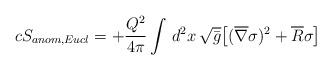
LaTeX: \begin{align*}cS_{anom, Eucl} = + {Q^2 \over 4\pi} \int\,d^2x\, \sqrt {\bar g} \bigl[({\overline \nabla} \sigma)^2 + \overline R \sigma\bigr] \,\end{align*}